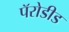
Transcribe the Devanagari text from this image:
पॅरोडीड